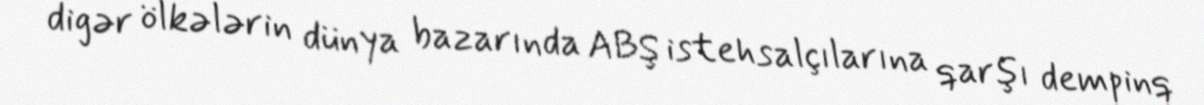
digər ölkələrin dünya bazarında ABŞ istehsalçılarına qarşı dempinq